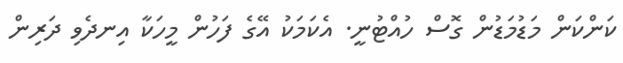
ކަންކަން މަޑުމަޑުން ގޮސް ހުއްޓުނީ. އެކަމަކު އޭގެ ފަހުން މީހަކާ އިނދެވި ދަރިން